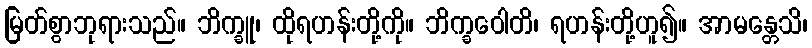
မြတ်စွာဘုရားသည်။ ဘိက္ခူ၊ ထိုရဟန်းတို့ကို။ ဘိက္ခဝေါတိ၊ ရဟန်းတို့ဟူ၍။ အာမန္တေသိ၊